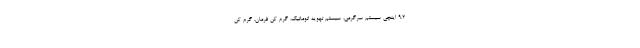
9.2 اینچی سیستم سرگرمی، سیستم تهویه اتوماتیک، گرم کن فرمان، گرم کن